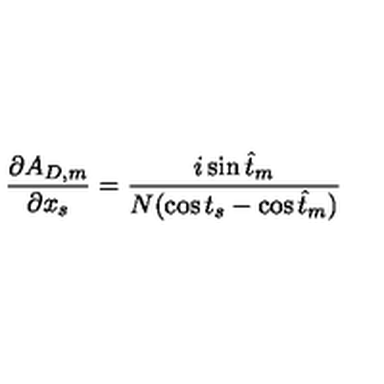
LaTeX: { \frac { \partial A _ { D , m } } { \partial x _ { s } } } = { \frac { i \sin \hat { t } _ { m } } { N ( \cos t _ { s } - \cos \hat { t } _ { m } ) } }